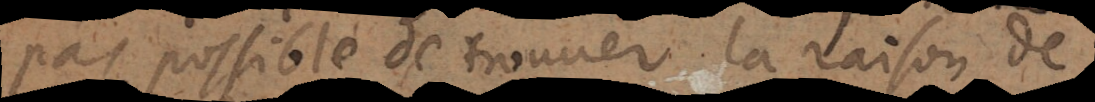
pas possible de trouver la raison d